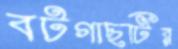
বটগাছটির